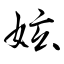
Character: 妶